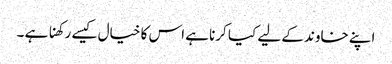
اپنے خاوند کے لیے کیا کرنا ہے اس کا خیال کیسے رکھنا ہے ۔